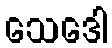
သေဒေါ